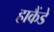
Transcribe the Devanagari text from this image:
हाकैंडे